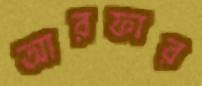
আরফার